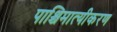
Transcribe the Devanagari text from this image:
पाश्चिमात्यीकरण